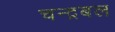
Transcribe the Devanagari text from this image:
चन्द्रबल